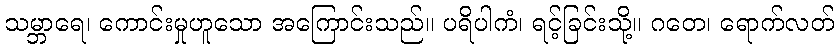
သမ္ဘာရေ၊ ကောင်းမှုဟူသော အကြောင်းသည်။ ပရိပါကံ၊ ရင့်ခြင်းသို့။ ဂတေ၊ ရောက်လတ်